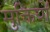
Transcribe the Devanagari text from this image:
मुक्तियों